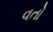
વતો